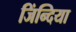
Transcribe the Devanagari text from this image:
जिंन्दिया